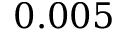
0 . 0 0 5